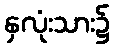
နှလုံးသား၌